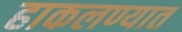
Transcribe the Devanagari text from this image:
हाकलण्यात